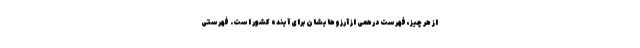
از هر چیز، فهرست درهمی از آرزوهایشان برای آینده‌ کشور است. فهرستی